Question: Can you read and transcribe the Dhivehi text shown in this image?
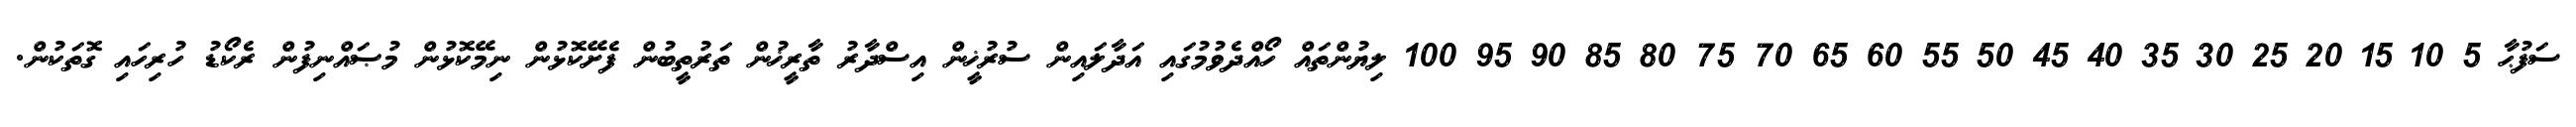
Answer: ސަފުޙާ 5 10 15 20 25 30 35 40 45 50 55 60 65 70 75 80 85 90 95 100 ލިޔުންތައް ހޯއްދެވުމުގައި އަދާލައިން ސުރުޚީން އިސްދާރު ތާރީޚުން ތަރުތީބުން ފެށޭކޮޅުން ނިމޭކޮޅުން މުޞައްނިފުން ރެކޯޑު ހުރިހައި ގޮތަކުން.